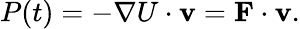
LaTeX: P(t)=-\nabla U\cdot\mathbf{v}=\mathbf{F}\cdot\mathbf{v}.